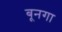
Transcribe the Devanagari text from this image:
बूनगा